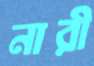
নারী